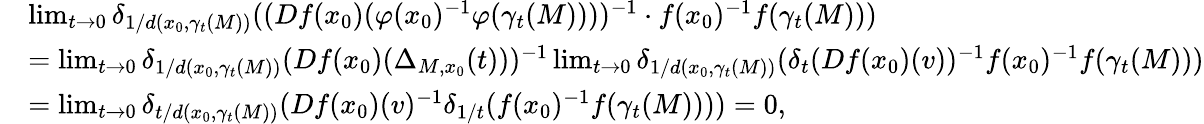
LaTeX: \begin{array}{rl}&{\operatorname*{lim}_{t\to 0}\delta_{1/d(x_{0},\gamma_{t}(M))}((Df(x_{0})(\varphi(x_{0})^{-1}\varphi(\gamma_{t}(M))))^{-1}\cdot f(x_{0})^{-1}f(\gamma_{t}(M)))}\\ &{=\operatorname*{lim}_{t\to 0}\delta_{1/d(x_{0},\gamma_{t}(M))}(Df(x_{0})(\Delta_{M,x_{0}}(t)))^{-1}\operatorname*{lim}_{t\to 0}\delta_{1/d(x_{0},\gamma_{t}(M))}(\delta_{t}(Df(x_{0})(v))^{-1}f(x_{0})^{-1}f(\gamma_{t}(M)))}\\ &{=\operatorname*{lim}_{t\to 0}\delta_{t/d(x_{0},\gamma_{t}(M))}(Df(x_{0})(v)^{-1}\delta_{1/t}(f(x_{0})^{-1}f(\gamma_{t}(M))))=0,}\end{array}